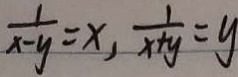
\frac { 1 } { x - y } = x , \frac { 1 } { x + y } = y